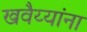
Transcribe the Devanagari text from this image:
खवैय्यांना